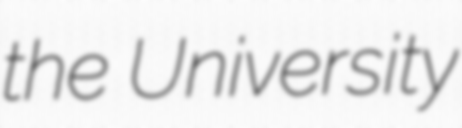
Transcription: the University